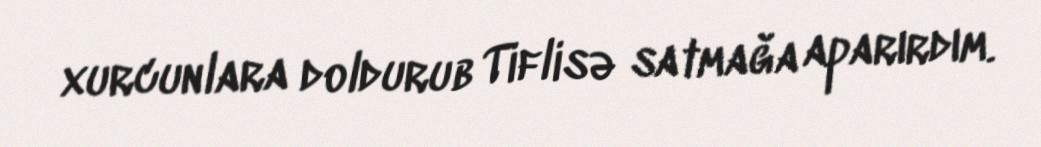
xurcunlara doldurub Tiflisə satmağa aparırdım.